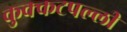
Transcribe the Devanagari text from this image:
कुक्कटपल्ली